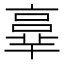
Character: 𠆆